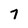
Character: 7